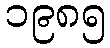
၁၉၈၅